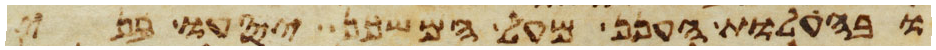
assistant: ובהעלות הענן מעל המשכן יסעו בני